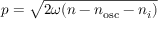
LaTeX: p = { \sqrt { 2 \omega ( n - n _ { \mathrm { o s c } } - n _ { i } ) } }